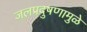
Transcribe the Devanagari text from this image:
जलप्रदुषणामुळे